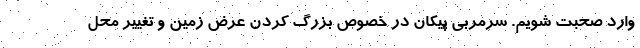
وارد صحبت شویم. سرمربی پیکان در خصوص بزرگ کردن عرض زمین و تغییر محل